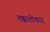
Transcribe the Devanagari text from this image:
नक्काशीकार